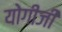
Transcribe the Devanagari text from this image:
योगीजी